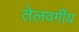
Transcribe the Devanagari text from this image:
तेलवर्गीय